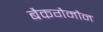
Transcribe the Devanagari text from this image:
बैकगैमौन